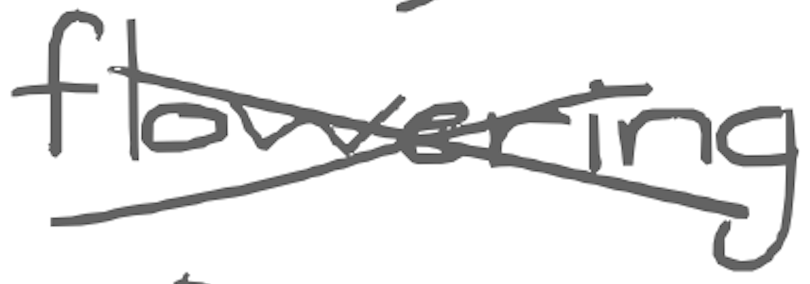
Text: flowering
Cross-out: cross
Writing tool: digital_gray